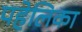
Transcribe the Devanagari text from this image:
पहेलिका